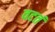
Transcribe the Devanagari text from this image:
वटतं